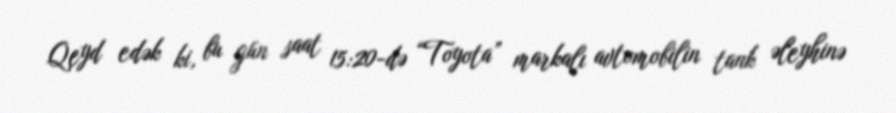
Qeyd edək ki, bu gün saat 15:20-də “Toyota” markalı avtomobilin tank əleyhinə